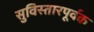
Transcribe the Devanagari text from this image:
सुविस्तारपूर्वक